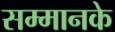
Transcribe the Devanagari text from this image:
सम्मानके